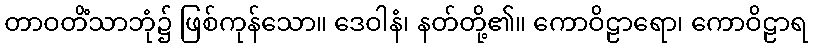
တာဝတိံသာဘုံ၌ ဖြစ်ကုန်သော။ ဒေဝါနံ၊ နတ်တို့၏။ ကောဝိဠာရော၊ ကောဝိဠာရ